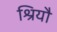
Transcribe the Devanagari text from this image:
श्रियौ